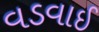
વડવાઈ